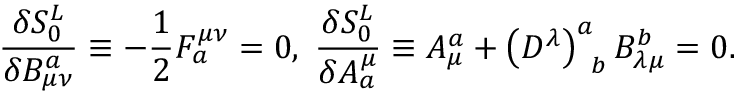
\frac { \delta S _ { 0 } ^ { L } } { \delta B _ { \mu \nu } ^ { a } } \equiv - \frac 1 2 F _ { a } ^ { \mu \nu } = 0 , \; \frac { \delta S _ { 0 } ^ { L } } { \delta A _ { a } ^ { \mu } } \equiv A _ { \mu } ^ { a } + \left( D ^ { \lambda } \right) _ { \; \; b } ^ { a } B _ { \lambda \mu } ^ { b } = 0 .